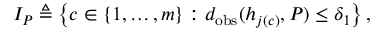
I _ { P } \triangleq \left\{ c \in \{ 1 , \dots , m \} : d _ { \mathrm { o b s } } ( h _ { j ( c ) } , P ) \leq \delta _ { 1 } \right\} ,